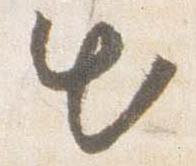
出